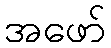
အဖော်